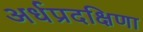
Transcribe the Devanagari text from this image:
अर्धप्रदक्षिणा